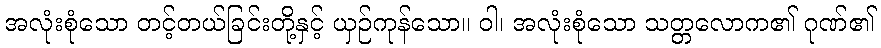
အလုံးစုံသော တင့်တယ်ခြင်းတို့နှင့် ယှဉ်ကုန်သော။ ဝါ၊ အလုံးစုံသော သတ္တလောက၏ ဂုဏ်၏